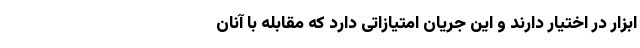
ابزار در اختیار دارند و این جریان امتیازاتی دارد که مقابله با آنان